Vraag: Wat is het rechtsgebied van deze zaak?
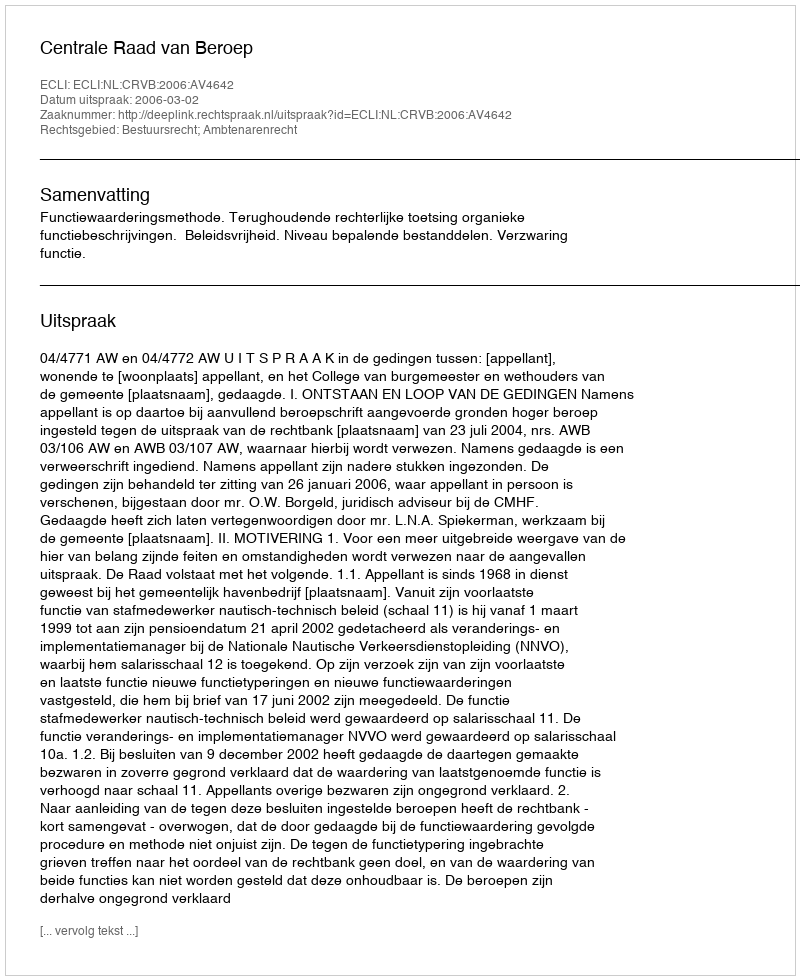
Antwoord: Bestuursrecht; Ambtenarenrecht